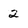
Character: 2